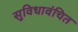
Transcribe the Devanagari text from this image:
सुविधावंचित